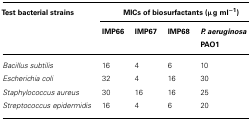
| Test bacterial strains | <COLSPAN=4> MICs of biosurfactants (μg ml-1) |
 |  | IMP66 | IMP67 | IMP68 | P. aeruginosa PAO1 |
 | --- | --- | --- | --- | --- |
 | Bacillus subtilis | 16 | 4 | 6 | 10 |
 | Escherichia coli | 32 | 4 | 16 | 30 |
 | Staphylococcus aureus | 30 | 16 | 16 | 25 |
 | Streptococcus epidermidis | 16 | 4 | 6 | 20 |